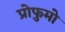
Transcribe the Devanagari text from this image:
प्रोफुमो